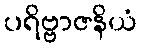
ပရိဗ္ဗာဇနိယံ